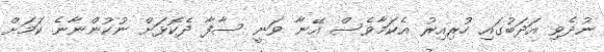
ނުދެވި އަދަބުގައި ހުރިއިރު އެކަމާވެސް އޭނާ ވަނީ ސާފާ ދެކޮޅަށް ނުކުންނާނެ ކަމަށް